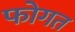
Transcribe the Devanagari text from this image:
फोगत